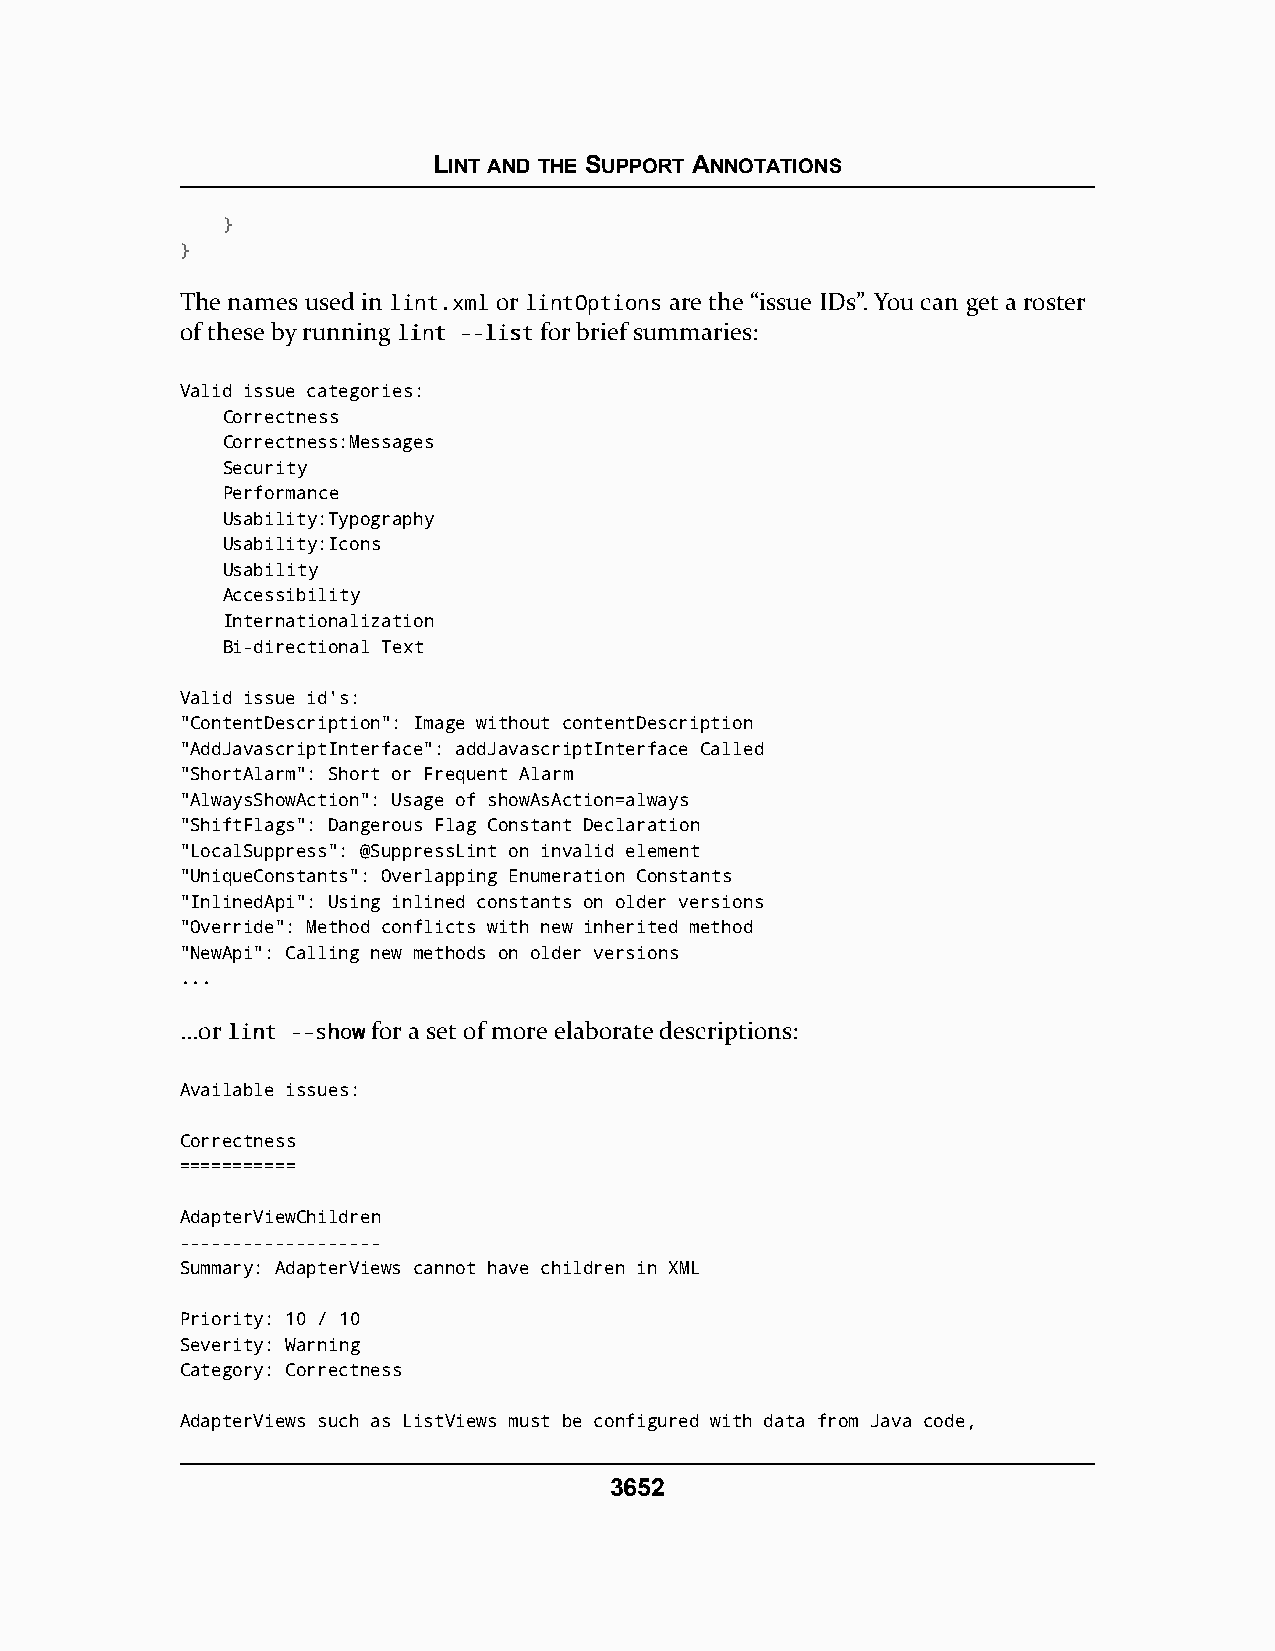
LINT AND THE SUPPORT ANNOTATIONS
 }
 }
 The names used in lint.xml or lintOptions are the “issue IDs”. You can get a roster
 of these by running lliinntt ----lliissttfor brief summaries:
 Valid issue categories:
 Correctness
 Correctness:Messages
 Security
 Performance
 Usability:Typography
 Usability:Icons
 Usability
 Accessibility
 Internationalization
 Bi-directional Text
 Valid issue id's:
 "ContentDescription": Image without contentDescription
 "AddJavascriptInterface": addJavascriptInterface Called
 "ShortAlarm": Short or Frequent Alarm
 "AlwaysShowAction": Usage of showAsAction=always
 "ShiftFlags": Dangerous Flag Constant Declaration
 "LocalSuppress": @SuppressLint on invalid element
 "UniqueConstants": Overlapping Enumeration Constants
 "InlinedApi": Using inlined constants on older versions
 "Override": Method conflicts with new inherited method
 "NewApi": Calling new methods on older versions
 ...
 …or lliinntt ----sshhoowwfor a set of more elaborate descriptions:
 Available issues:
 Correctness
 ===========
 AdapterViewChildren
 -------------------
 Summary: AdapterViews cannot have children in XML
 Priority: 10 / 10
 Severity: Warning
 Category: Correctness
 AdapterViews such as ListViews must be configured with data from Java code,
 3652